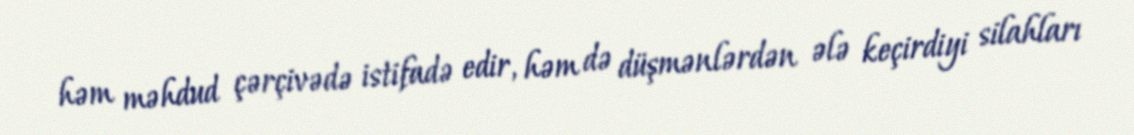
həm məhdud çərçivədə istifadə edir, həm də düşmənlərdən ələ keçirdiyi silahları